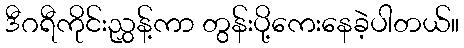
ဒီဂရီကိုင်းညွှန့်ကာ တွန်းပို့ကေးနေခဲ့ပါတယ်။